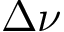
\Delta \nu